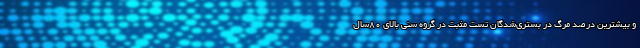
و بیشترین درصد مرگ در بستری‌شدگان تست مثبت در گروه سنی بالای ۸۰سال